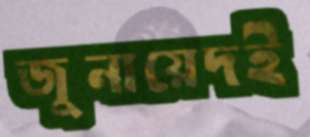
জুনায়েদই